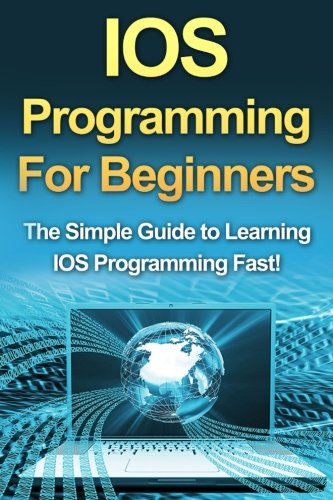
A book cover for IOS Programming For Beginners: The Simple Guide to Learning IOS Programming Fast!; Tim Warren; Computers & Technology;